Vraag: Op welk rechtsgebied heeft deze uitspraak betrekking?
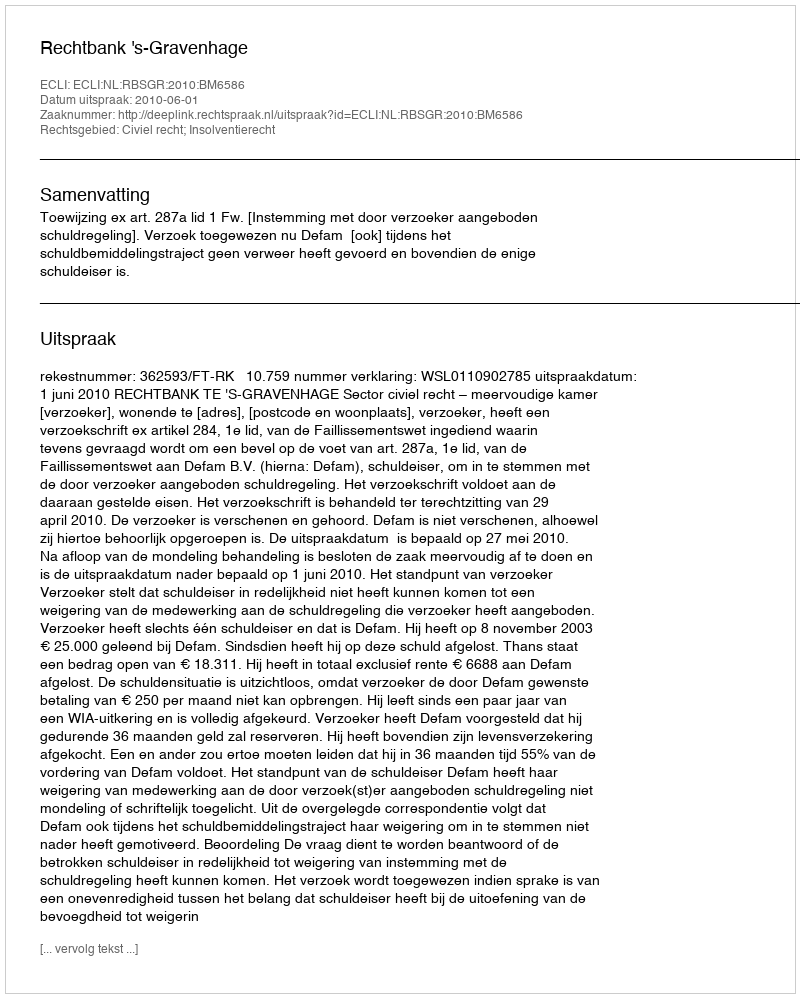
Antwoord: Civiel recht; Insolventierecht